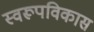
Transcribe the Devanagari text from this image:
स्वरूपविकास